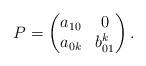
LaTeX: \begin{align*}P = \begin{pmatrix}a_{10} & 0 \\a_{0k} & b_{01}^k\end{pmatrix}.\end{align*}